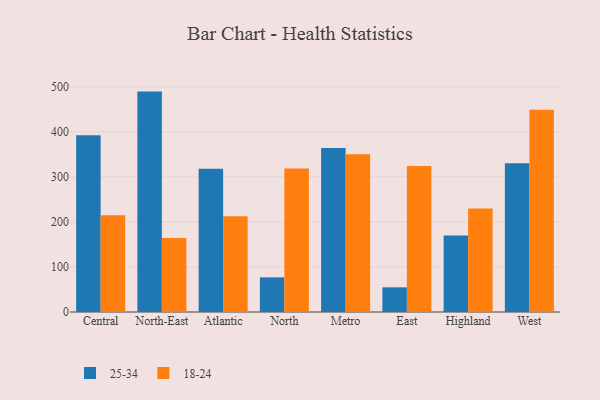
{"axis": {"x": "Region", "y": "Shipments"}, "legend": ["18-24", "25-34"], "data": [{"x": "Central", "y": 392.4, "type": "25-34"}, {"x": "Central", "y": 214.8, "type": "18-24"}, {"x": "North-East", "y": 489.3, "type": "25-34"}, {"x": "North-East", "y": 164.1, "type": "18-24"}, {"x": "Atlantic", "y": 318.0, "type": "25-34"}, {"x": "Atlantic", "y": 212.8, "type": "18-24"}, {"x": "North", "y": 76.9, "type": "25-34"}, {"x": "North", "y": 318.5, "type": "18-24"}, {"x": "Metro", "y": 363.9, "type": "25-34"}, {"x": "Metro", "y": 350.4, "type": "18-24"}, {"x": "East", "y": 54.8, "type": "25-34"}, {"x": "East", "y": 324.3, "type": "18-24"}, {"x": "Highland", "y": 170.1, "type": "25-34"}, {"x": "Highland", "y": 229.5, "type": "18-24"}, {"x": "West", "y": 330.4, "type": "25-34"}, {"x": "West", "y": 449.1, "type": "18-24"}]}